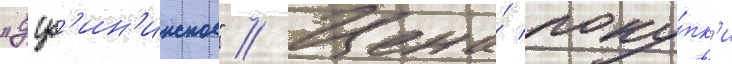
"дуб'ин'инское" // Цена́ поку́пк'и